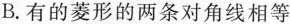
B. 有的菱形的两条对角线相等